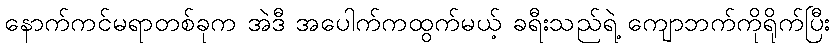
နောက်ကင်မရာတစ်ခုက အဲဒီ အပေါက်ကထွက်မယ့် ခရီးသည်ရဲ့ ကျောဘက်ကိုရိုက်ပြီး